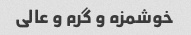
خوشمزه و گرم و عالی